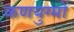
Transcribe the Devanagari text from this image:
कणयुग्मों